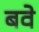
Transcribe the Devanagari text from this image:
बवे